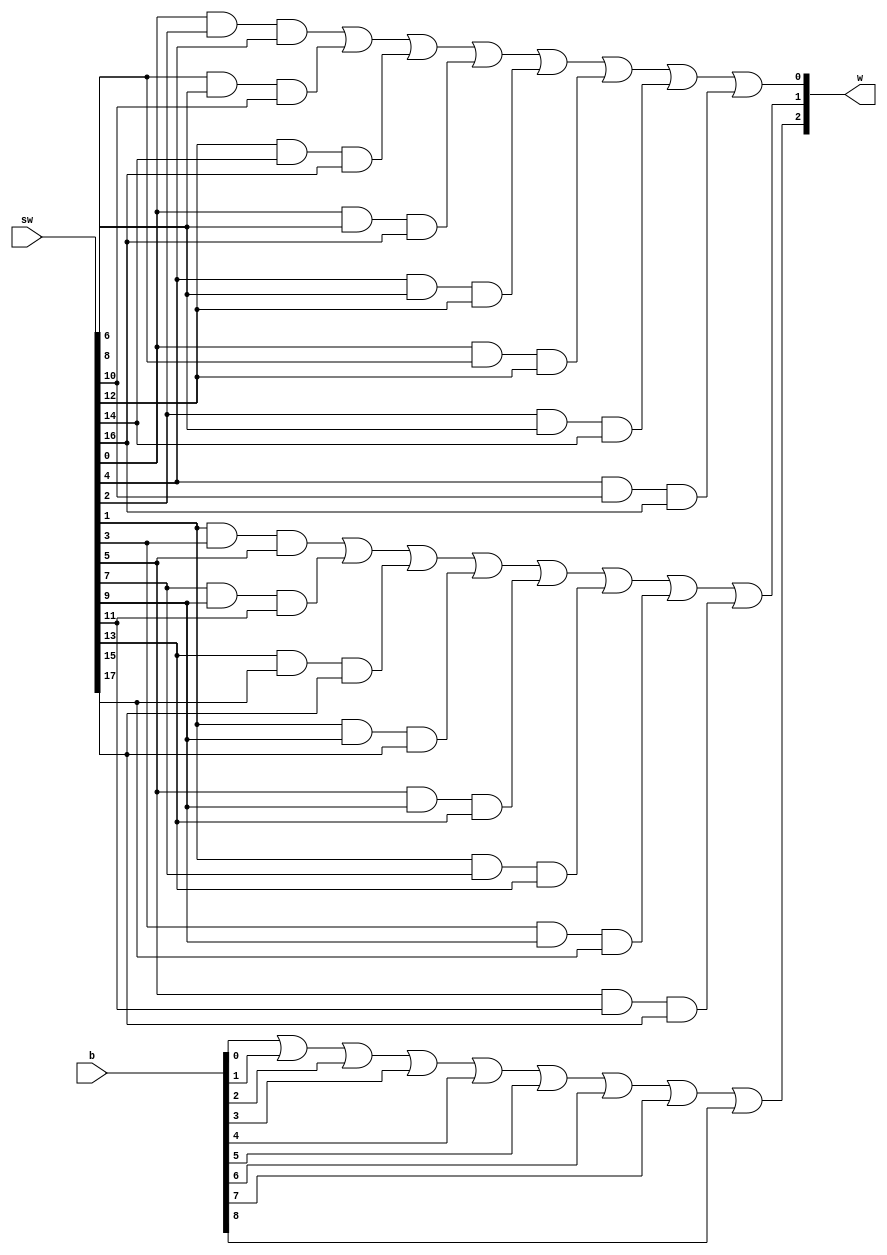
module Winner(w, sw, b);
	//takes all outputs from LED_Displays
	//from Input_Collector box
	output [3:1]w;
	input [18:1]sw;
	input [9:1]b;
	wire [16:1]c;
	//p1 8 conditons
	and p11(c[1], sw[1], sw[3], sw[5]);
	and p12(c[2], sw[7], sw[9], sw[11]);
	and p13(c[3], sw[13], sw[15], sw[17]);
	and p14(c[4], sw[1], sw[9], sw[17]);
	and p15(c[5], sw[5], sw[9], sw[13]);
	and p16(c[6], sw[1], sw[7], sw[13]);
	and p17(c[7], sw[3], sw[9], sw[15]);
	and p18(c[8], sw[5], sw[11], sw[17]);
	or p1(w[1], c[1], c[2], c[3], c[4], c[5], c[6], c[7], c[8]);
	
	//p2 8 conditons
	and p21(c[9], sw[2], sw[4], sw[6]);
	and p22(c[10], sw[8], sw[10], sw[12]);
	and p23(c[11], sw[14], sw[16], sw[18]);
	and p24(c[12], sw[2], sw[10], sw[18]);
	and p25(c[13], sw[6], sw[10], sw[14]);
	and p26(c[14], sw[2], sw[8], sw[14]);
	and p27(c[15], sw[4], sw[10], sw[16]);
	and p28(c[16], sw[6], sw[12], sw[18]);
	or p2(w[2], c[9], c[10], c[11], c[12], c[13], c[14], c[15], c[16]);
	
	//draw
	or draw(w[3], b[1], b[2], b[3], b[4], b[5], b[6], b[7], b[8], b[9]);
	
endmodule